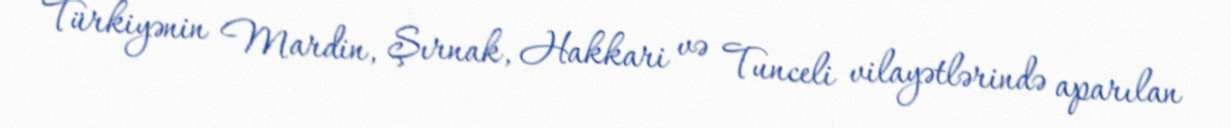
Türkiyənin Mardin, Şırnak, Hakkari və Tunceli vilayətlərində aparılan